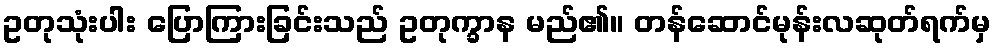
ဥတုသုံးပါး ပြောကြားခြင်းသည် ဥတုက္ခာန မည်၏။ တန်ဆောင်မုန်းလဆုတ်ရက်မှ